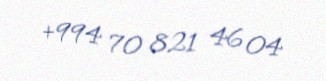
+994 70 821 46 04